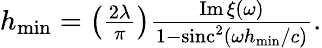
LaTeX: \begin{array}{r}{h_{\mathrm{min}}=\left(\frac{2\lambda}{\pi}\right)\frac{\operatorname{Im}\xi(\omega)}{1-\operatorname{sinc}^{2}\left(\omega h_{\mathrm{min}}/c\right)}.}\end{array}